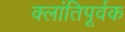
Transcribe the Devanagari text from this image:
क्लांतिपूर्वक